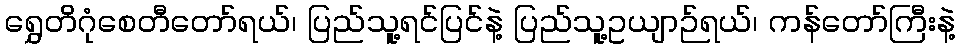
ရွှေတိဂုံစေတီတော်ရယ်၊ ပြည်သူ့ရင်ပြင်နဲ့ ပြည်သူ့ဥယျာဉ်ရယ်၊ ကန်တော်ကြီးနဲ့